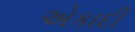
એકાદી